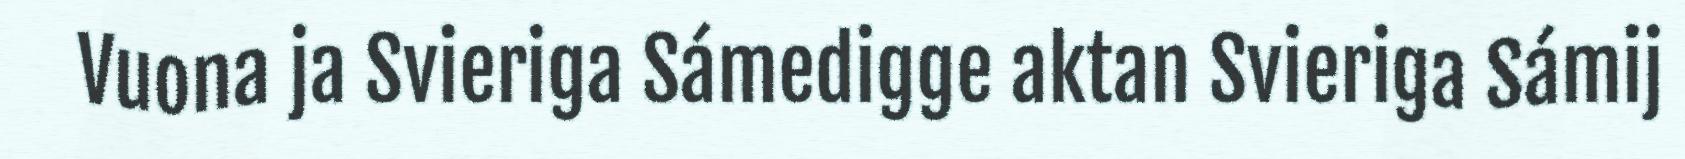
Vuona ja Svieriga Sámedigge aktan Svieriga Sámij